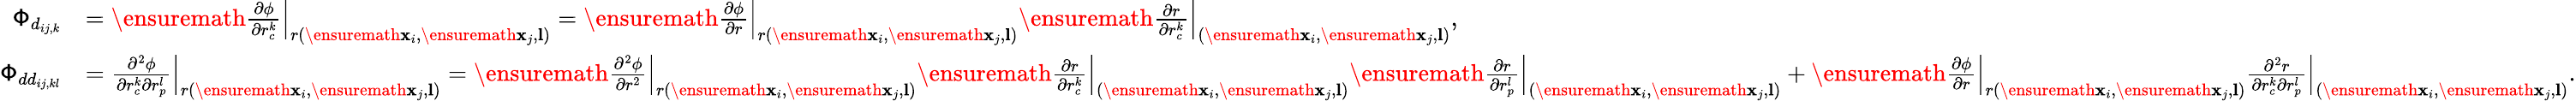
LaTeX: \begin{array}{rl}{\mathsf{\Phi}_{d_{ij,k}}}&{=\ensuremath{\frac{\partial\phi}{\partial r_{c}^{k}}}\Bigr|_{r(\ensuremath{\mathbf{x}}_{i},\ensuremath{\mathbf{x}}_{j},\textbf{l})}=\ensuremath{\frac{\partial\phi}{\partial r}}\Bigr|_{r(\ensuremath{\mathbf{x}}_{i},\ensuremath{\mathbf{x}}_{j},\textbf{l})}\ensuremath{\frac{\partial r}{\partial r_{c}^{k}}}\Bigr|_{(\ensuremath{\mathbf{x}}_{i},\ensuremath{\mathbf{x}}_{j},\textbf{l})},}\\ {\mathsf{\Phi}_{dd_{ij,kl}}}&{=\frac{\partial^{2}\phi}{\partial r_{c}^{k}\partial r_{p}^{l}}\Bigr|_{r(\ensuremath{\mathbf{x}}_{i},\ensuremath{\mathbf{x}}_{j},\textbf{l})}=\ensuremath{\frac{\partial^{2}\phi}{\partial r^{2}}}\Bigr|_{r(\ensuremath{\mathbf{x}}_{i},\ensuremath{\mathbf{x}}_{j},\textbf{l})}\ensuremath{\frac{\partial r}{\partial r_{c}^{k}}}\Bigr|_{(\ensuremath{\mathbf{x}}_{i},\ensuremath{\mathbf{x}}_{j},\textbf{l})}\ensuremath{\frac{\partial r}{\partial r_{p}^{l}}}\Bigr|_{(\ensuremath{\mathbf{x}}_{i},\ensuremath{\mathbf{x}}_{j},\textbf{l})}+\ensuremath{\frac{\partial\phi}{\partial r}}\Bigr|_{r(\ensuremath{\mathbf{x}}_{i},\ensuremath{\mathbf{x}}_{j},\textbf{l})}\frac{\partial^{2}r}{\partial r_{c}^{k}\partial r_{p}^{l}}\Bigr|_{(\ensuremath{\mathbf{x}}_{i},\ensuremath{\mathbf{x}}_{j},\textbf{l})}.}\end{array}